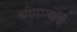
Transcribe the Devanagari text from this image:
संघराज्यांनी